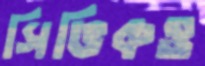
সিভিকও